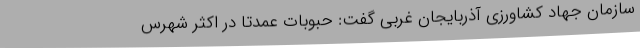
سازمان جهاد کشاورزی آذربایجان غربی گفت: حبوبات عمدتا در اکثر شهرس